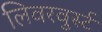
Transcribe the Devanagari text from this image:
लिवरवुर्स्ट